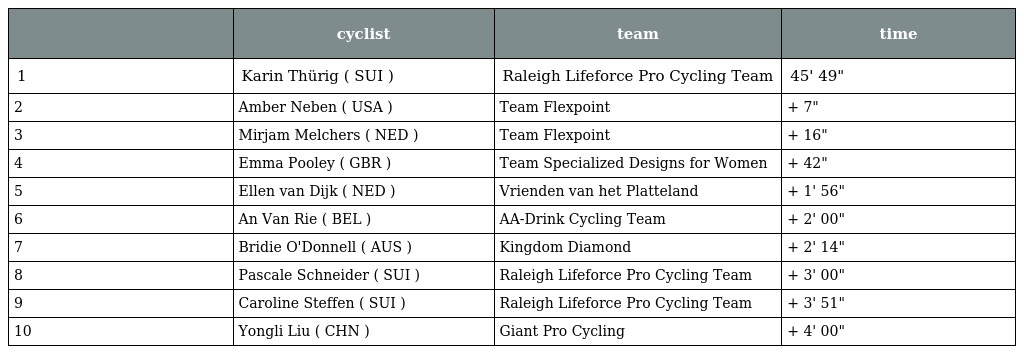
|  | cyclist | team | time |
 | --- | --- | --- | --- |
 | 1 | Karin Thürig ( SUI ) | Raleigh Lifeforce Pro Cycling Team | 45' 49" |
 | 2 | Amber Neben ( USA ) | Team Flexpoint | + 7" |
 | 3 | Mirjam Melchers ( NED ) | Team Flexpoint | + 16" |
 | 4 | Emma Pooley ( GBR ) | Team Specialized Designs for Women | + 42" |
 | 5 | Ellen van Dijk ( NED ) | Vrienden van het Platteland | + 1' 56" |
 | 6 | An Van Rie ( BEL ) | AA-Drink Cycling Team | + 2' 00" |
 | 7 | Bridie O'Donnell ( AUS ) | Kingdom Diamond | + 2' 14" |
 | 8 | Pascale Schneider ( SUI ) | Raleigh Lifeforce Pro Cycling Team | + 3' 00" |
 | 9 | Caroline Steffen ( SUI ) | Raleigh Lifeforce Pro Cycling Team | + 3' 51" |
 | 10 | Yongli Liu ( CHN ) | Giant Pro Cycling | + 4' 00" |